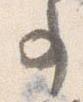
事